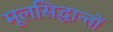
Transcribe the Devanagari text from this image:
मूलसिद्धान्‍तों